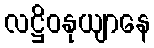
လဋ္ဌိဝနုယျာနေ